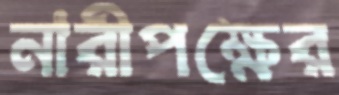
নারীপক্ষের